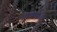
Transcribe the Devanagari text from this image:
आत्मतेज